Report on vaccination in the Province of Bengal - 1869-1873
Year: 1869
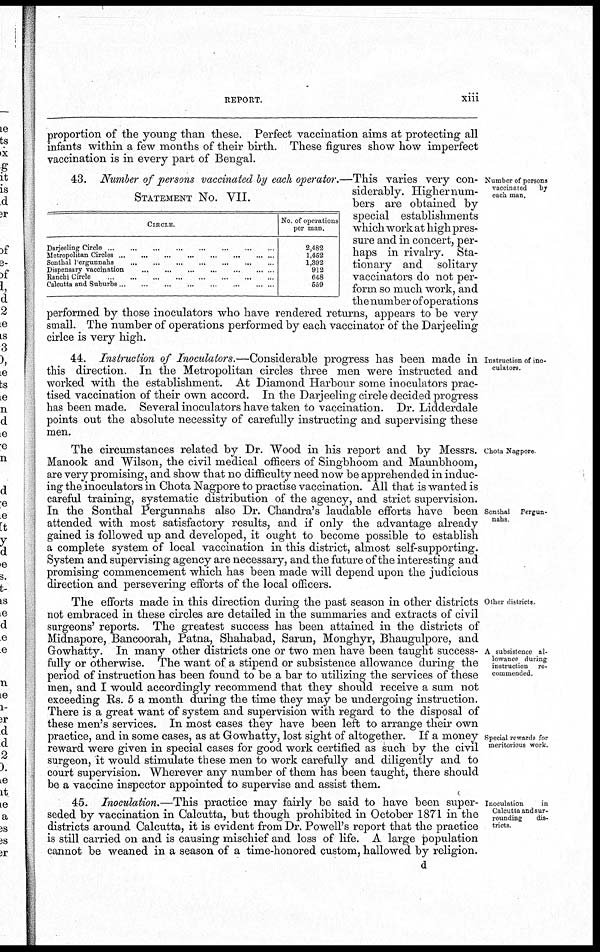
REPORT.
xiii
proportion of the young than these. Perfect vaccination aims at protecting all
infants within a few months of their birth. These figures show how imperfect
vaccination is in every part of Bengal.
Number of persons
vaccinated
by
each man.
STATEMENT No. VII.
CIRCLE.
Darjeeling Circle
...
...
...
...
...
...
...
...
Metropolitan Circles
...
...
...
...
...
...
...
...
Sonthal Pergunnahs
...
...
...
...
...
...
...
Dispensary vaccination
...
...
...
...
...
...
...
Ranchi Circle
...
...
...
...
...
...
...
...
Calcutta and Suburbs
...
...
...
...
...
...
...
...
No of operations
per man.
2,482
1,452
1,392
912
648
559
43. Number of persons vaccinated by each operator.—This varies very con-
siderably. Higher num-
bers are obtained by
special establishments
which work at high pres-
sure and in concert, per-
haps in rivalry. Sta-
tionary and solitary
vaccinators do not per-
form so much work, and
the number of operations
performed by those inoculators who have rendered returns, appears to be very
small. The number of operations performed by each vaccinator of the Darjeeling
cirlce is very high.
Instruction of ino-
culators
44. Instruction of Inoculators.—Considerable progress has been made in
this direction. In the Metropolitan circles three men were instructed and
worked with the establishment. At Diamond Harbour some inoculators prac-
tised vaccination of their own accord. In the Darjeeling circle decided progress
has been made. Several inoculators have taken to vaccination. Dr. Lidderdale
points out the absolute necessity of carefully instructing and supervising these
men.
Chota Nagpore
Sonthal Pergun-
nahs
The circumstances related by Dr. Wood in his report and by Messrs.
Manook and Wilson, the civil medical officers of Singbhoom and Maunbhoom,
are very promising, and show that no difficulty need now be apprehended in induc-
ing the inoculators in Chota Nagpore to practise vaccination. All that is wanted is
careful training, systematic distribution of the agency, and strict supervision.
In the Sonthal Pergunnahs also Dr. Chandra's laudable efforts have been
attended with most satisfactory results, and if only the advantage already
gained is followed up and developed, it ought to become possible to establish
a complete system of local vaccination in this district, almost self-supporting.
System and supervising agency are necessary, and the future of the interesting and
promising commencement which has been made will depend upon the judicious
direction and persevering efforts of the local officers.
Other districts
A subsistence al-
lowance during
instruction re-
commended.
Special rewards for
meritorious work.
The efforts made in this direction during the past season in other districts
not embraced in these circles are detailed in the summaries and extracts of civil
surgeons' reports. The greatest success has been attained in the districts of
Midnapore, Bancoorah, Patna, Shahabad, Sarun, Monghyr, Bhaugulpore, and
Gowhatty. In many other districts one or two men have been taught success-
fully or otherwise. The want of a stipend or subsistence allowance during the
period of instruction has been found to be a bar to utilizing the services of these
men, and I would accordingly recommend that they should receive a sum not
exceeding Rs. 5 a month during the time they may be undergoing instruction.
There is a great want of system and supervision with regard to the disposal of
these men's services. In most cases they have been left to arrange their own
practice, and in some cases, as at Gowhatty, lost sight of altogether. If a money
reward were given in special cases for good work certified as such by the civil
surgeon, it would stimulate these men to work carefully and diligently and to
court supervision. Wherever any number of them has been taught, there should
be a vaccine inspector appointed, to supervise and assist them.
Inoculation
in
Calcutta and sur-
rounding
dis-
tricts.
45. Inoculation.—This practice may fairly be said to have been super-
seded by vaccination in Calcutta, but though prohibited in October 1871 in the
districts around Calcutta, it is evident from Dr. Powell's report that the practice
is still carried on and is causing mischief and loss of life. A large population
cannot be weaned in a season of a time-honored custom, hallowed by religion.
d